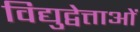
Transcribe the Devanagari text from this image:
विद्युद्वेत्ताओं